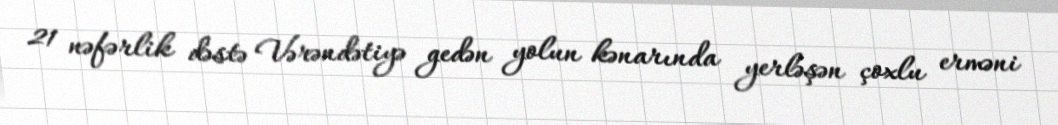
21 nəfərlik dəstə Vərəndətiyə gedən yolun kənarında yerləşən çoxlu erməni